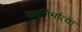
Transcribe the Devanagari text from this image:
कार्निर्मात्या